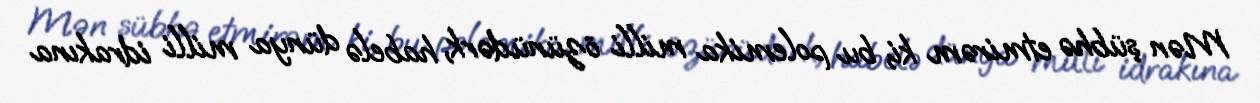
Mən şübhə etmirəm ki, bu polemika milli özünüdərk, habelə dünya milli idrakına